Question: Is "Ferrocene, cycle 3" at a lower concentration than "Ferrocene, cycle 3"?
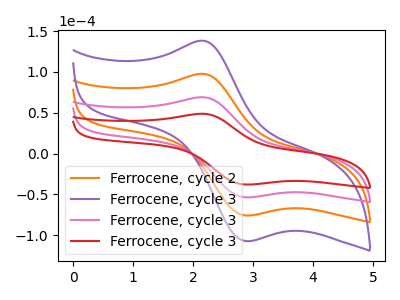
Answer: <think>The orange curve "Ferrocene, cycle 2" has an anodic peak at (2.15V, 138.20uA) and a cathodic peak at (2.90V, -107.05uA). The purple curve "Ferrocene, cycle 3" has an anodic peak at (2.15V, 207.25uA) and a cathodic peak at (2.90V, -160.55uA). The pink curve "Ferrocene, cycle 3" has an anodic peak at (2.15V, 69.10uA) and a cathodic peak at (2.90V, -53.50uA). The red curve "Ferrocene, cycle 3" has an anodic peak at (2.15V, 48.85uA) and a cathodic peak at (2.90V, -37.80uA).
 All the peaks in "Ferrocene, cycle 3" have a peak in "Ferrocene, cycle 3" at the same potential. Every peak in "Ferrocene, cycle 3" is lower than every peak in "Ferrocene, cycle 3".</think>
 <answer>"Ferrocene, cycle 3" has less signal than "Ferrocene, cycle 3" and so likely has a lower concentration.</answer>
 <eval>less_concentration</eval>